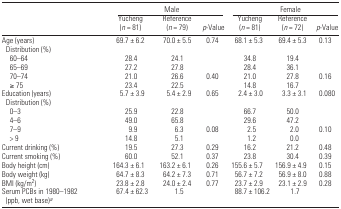
|  | <COLSPAN=3> Male | <COLSPAN=3> Female |
 |  | Yucheng (n = 81) | Reference (n = 79) | p-Value | Yucheng (n = 81) | Reference (n = 72) | p-Value |
 | --- | --- | --- | --- | --- | --- | --- |
 | Age (years) | 69.7 ± 6.2 | 70.0 ± 5.5 | 0.74 | 68.1 ± 5.3 | 69.4 ± 5.3 | 0.13 |
 | <COLSPAN=7> Distribution (%) |
 | 60–64 | 28.4 | 24.1 |  | 34.8 | 19.4 |  |
 | 65–69 | 27.2 | 27.8 |  | 28.4 | 36.1 |  |
 | 70–74 | 21.0 | 26.6 | 0.40 | 21.0 | 27.8 | 0.16 |
 | ≥ 75 | 23.4 | 22.5 |  | 14.8 | 16.7 |  |
 | Education (years) | 5.7 ± 3.9 | 5.4 ± 2.9 | 0.65 | 2.4 ± 3.0 | 3.3 ± 3.1 | 0.080 |
 | <COLSPAN=7> Distribution (%) |
 | 0–3 | 25.9 | 22.8 |  | 66.7 | 50.0 |  |
 | 4–6 | 49.0 | 65.8 |  | 29.6 | 47.2 |  |
 | 7–9 | 9.9 | 6.3 | 0.08 | 2.5 | 2.0 | 0.10 |
 | > 9 | 14.8 | 5.1 |  | 1.2 | 0.0 |  |
 | Current drinking (%) | 19.5 | 27.3 | 0.29 | 16.2 | 21.2 | 0.48 |
 | Current smoking (%) | 60.0 | 52.1 | 0.37 | 23.8 | 30.4 | 0.39 |
 | Body height (cm) | 164.3 ± 6.1 | 163.2 ± 6.1 | 0.26 | 155.6 ± 5.7 | 156.9 ± 4.9 | 0.15 |
 | Body weight (kg) | 64.7 ± 8.3 | 64.2 ± 7.3 | 0.71 | 56.7 ± 7.2 | 56.9 ± 8.0 | 0.88 |
 | BMI (kg/m2) | 23.8 ± 2.8 | 24.0 ± 2.4 | 0.77 | 23.7 ± 2.9 | 23.1 ± 2.9 | 0.28 |
 | Serum PCBs in 1980–1982 (ppb, wet base)a | 67.4 ± 62.3 | 1.5 |  | 88.7 ± 106.2 | 1.7 |  |